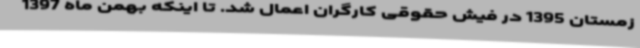
زمستان 1395 در فیش حقوقی کارگران اعمال شد. تا اینکه بهمن ماه 1397